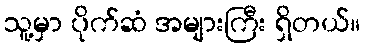
သူ့မှာ ပိုက်ဆံ အများကြီး ရှိတယ်။